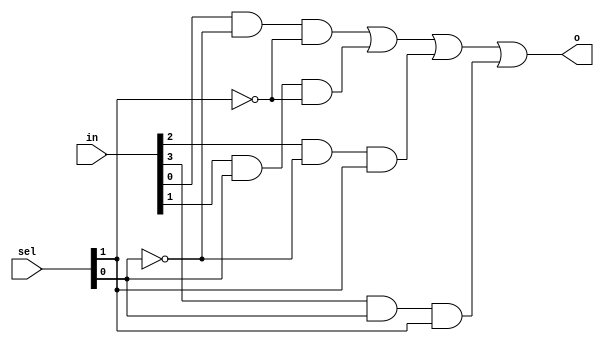
`timescale 1ns / 1ps
//////////////////////////////////////////////////////////////////////////////////
// Company: 
// Engineer: 
// 
// Design Name: 
// Module Name: m4_1
// Project Name: 
// Target Devices: 
// Tool Versions: 
// Description: 
// 
// Dependencies: 
// 
// Revision:
// Revision 0.01 - File Created
// Additional Comments:
// 
//////////////////////////////////////////////////////////////////////////////////


module m4_1(
    input [3:0]in,
    input [1:0]sel,
    output o
    );
    assign o = (in[0] & ~sel[0] & ~sel[1]) | (in[1] & sel[0] & ~sel[1]) | (in[2] & ~sel[0] & sel[1]) | (in[3] & sel[0] & sel[1]);
endmodule

module m8_1(
    input [7:0]in,
    input [2:0]sel,
    output o
    );
    assign o = (in[0] & ~sel[0] & ~sel[1] & ~sel[2]) | (in[1] & sel[0] & ~sel[1] & ~sel[2]) | (in[2] & ~sel[0] & sel[1] & ~sel[2]) | (in[3] & sel[0] & sel[1] & ~sel[2]) | (in[4] & ~sel[0] & ~sel[1] & sel[2]) | (in[5] & sel[0] & ~sel[1] & sel[2]) | (in[6] & ~sel[0] & sel[1] & sel[2]) | (in[7] & sel[0] & sel[1] & sel[2]);
endmodule

module m2_1x8(
    input [7:0]in0,
    input [7:0]in1,
    input sel,
    output [7:0]o
    );
    assign o[0] = (in0[0] & ~sel) | (in1[0] & sel);
    assign o[1] = (in0[1] & ~sel) | (in1[1] & sel);
    assign o[2] = (in0[2] & ~sel) | (in1[2] & sel);
    assign o[3] = (in0[3] & ~sel) | (in1[3] & sel);
    assign o[4] = (in0[4] & ~sel) | (in1[4] & sel);
    assign o[5] = (in0[5] & ~sel) | (in1[5] & sel);
    assign o[6] = (in0[6] & ~sel) | (in1[6] & sel);
    assign o[7] = (in0[7] & ~sel) | (in1[7] & sel);
endmodule